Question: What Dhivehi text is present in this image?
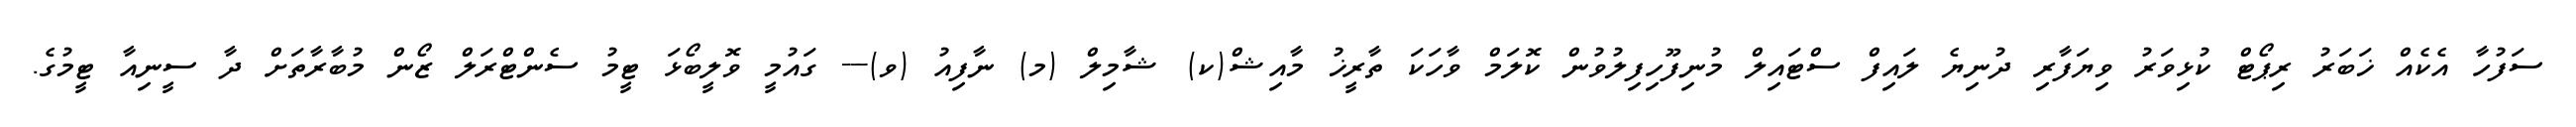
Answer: ސަފުހާ އެކެއް ޚަބަރު ރިޕޯޓް ކުޅިވަރު ވިޔަފާރި ދުނިޔެ ލައިފް ސްޓައިލް މުނިފޫހިފިލުވުން ކޮލަމް ވާހަކަ ތާރީޚު މާއިޝް(ކ) ޝާމިލް (މ) ނާފިއު (ވ)--- ގައުމީ ވޮލީބޯޅަ ޓީމު ސެންޓްރަލް ޒޯން މުބާރާތަށް ދާ ސީނިއާ ޓީމުގެ.